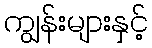
ကျွန်းများနှင့်